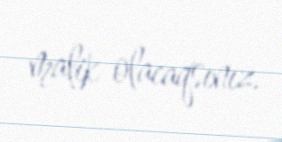
malik olacaqsınız.